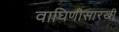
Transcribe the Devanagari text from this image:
वाघिणीसारखी